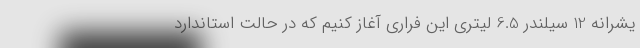
یشرانه 12 سیلندر 6.5 لیتری این فراری آغاز کنیم که در حالت استاندارد